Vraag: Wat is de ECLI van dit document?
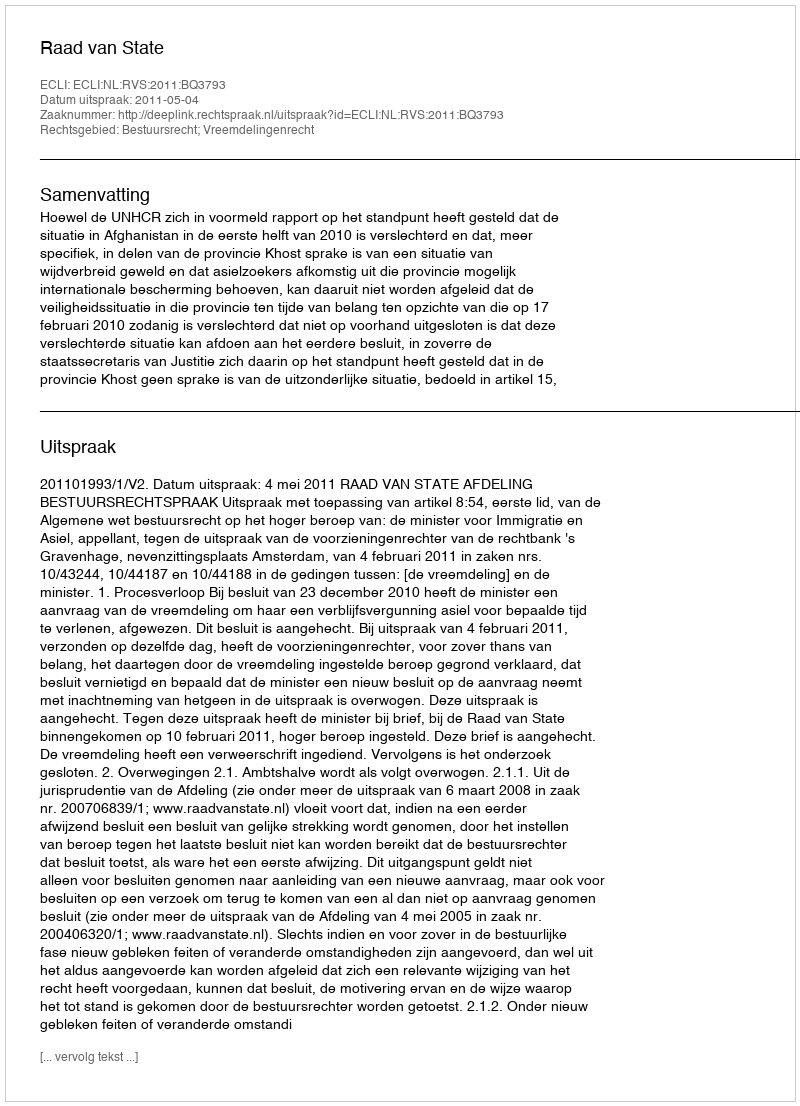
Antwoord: ECLI:NL:RVS:2011:BQ3793